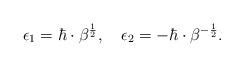
LaTeX: \begin{align*} \epsilon_1=\hbar \cdot\beta^{\frac12},\quad\epsilon_2=-\hbar\cdot\beta^{-\frac12}.\end{align*}